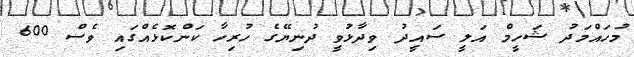
މުހައްމަދު ޝަހީމް އަލީ ސައީދު ވިދާޅުވީ ދުނިޔޭގެ ހުރިހާ ކަންކޮޅެއްގައި ވެސް 600